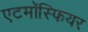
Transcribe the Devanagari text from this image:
एटमॉस्फियर